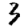
Digit: 3